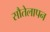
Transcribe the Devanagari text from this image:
सौतेलापन